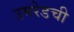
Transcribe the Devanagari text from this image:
उमरेडची